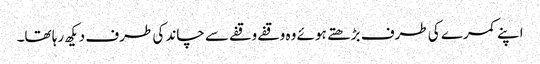
اپنے کمرے کی طرف بڑھتے ہوئے وہ وقفے وقفے سے چاند کی طرف دیکھ رہا تھا۔